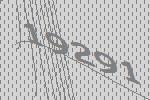
19291